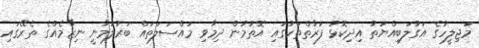
މަޖިލީހުގެ އަގުލަބިއްޔަތު އިދިކޮޅު ފަރާތްތަކުގައި އޮތުމުން ދިމާވި މައްސަލަތައް ބަރުލަމާނީ ނިޒާމެއްގެ ތެރޭގައި